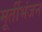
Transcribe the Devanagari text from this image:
मूर्तीभंजन